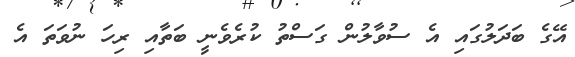
އޭގެ ބަދަލުގައި އެ ސުވާލުން ގަސްތު ކުރެވެނީ ބަތާއި ރިހަ ނުވަތަ އެ